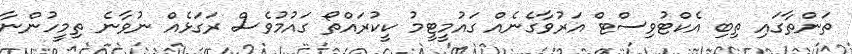
ތަންތާގައި ތިބި އެކްޓުވިސްޓް އަރުވާގެނެއް ގައުމީޓީމު ކީކުރައްތޯ ގައުމުވެސް ރަގަޅެއް ނުވާނެ ތިމީހުންނާ